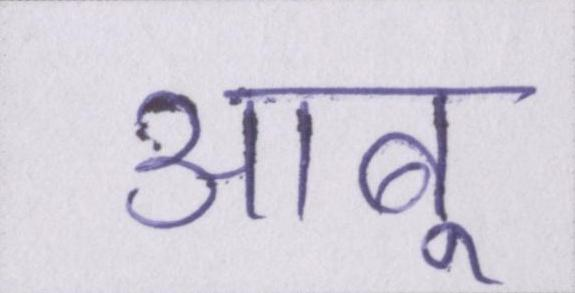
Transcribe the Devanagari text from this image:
आबू